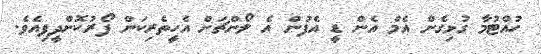
ހުއްޓުމާ ގުޅިގެން އެމް އެން ޑީ އެފުން އެ ލޯންޗަށް އެހީތެރިކަން ފޯރުކޮށްދީފިއެވެ.